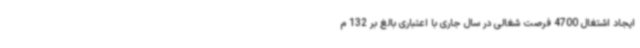
ایجاد اشتغال 4700 فرصت شغالی در سال جاری با اعتباری بالغ بر 132 م